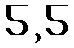
5,5